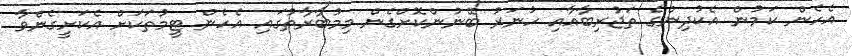
އެހެން ކަމުން އެކުދިންގެ ތަޖުރިބާއާއި ހުނަރު ބޭނުންކޮށްގެން މިމުބާރާތުގައި އެހެން ޓީމުތަކަށް އެކަށީގެންވާ